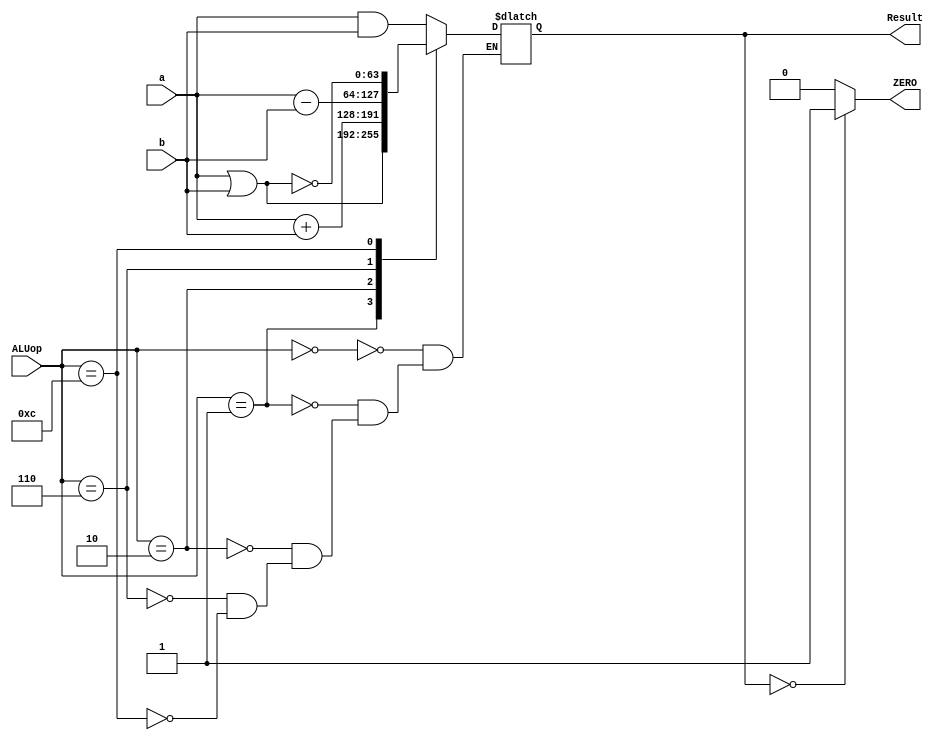
module module64
(
	input [63:0] a, b,
	input [3:0] ALUop,
	output ZERO,
	output reg [63:0] Result
);
	
	assign ZERO = Result==0 ? 1:0;
	
	always @(a or b or ALUop)
	case(ALUop)
	4'b0000: Result=a&b;
	4'b0001: Result=a|b;
	4'b0010: Result=a+b;
	4'b0110: Result=a-b;
	4'b1100: Result=~(a|b);
	endcase

endmodule